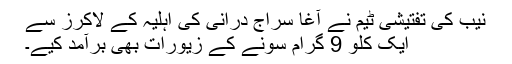
نیب کی تفتیشی ٹیم نے آغا سراج درانی کی اہلیہ کے لاکرز سے
ایک کلو 9 گرام سونے کے زیورات بھی برآمد کیے۔